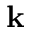
\mathbf { k }